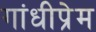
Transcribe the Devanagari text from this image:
गांधीप्रेम